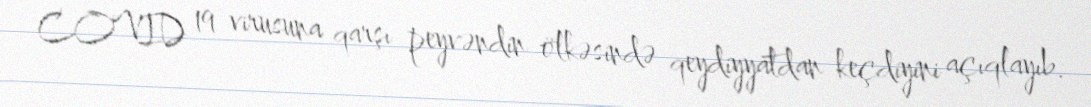
COVID 19 virusuna qarşı peyvəndin ölkəsində qeydiyyatdan keçdiyini açıqlayıb.